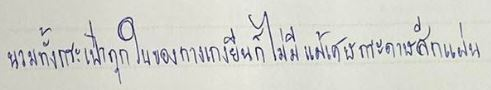
นวมทั้งกระเป๋าทุกใบของกางเกงยีนก็ไม่มีแม้เศษกระดาษสักแผ่น